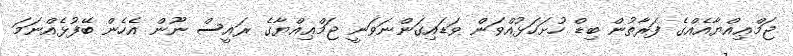
ޖަމްޢިއްޔާއެއްގެ ފަރާތުން ބިޑް ހުށަހަޅުއްވަން ވަޑައިގަންނަވަނީ ޖަމްޢިއްޔާގެ ރައީސް ނޫން އެހެން ބޭފުޅެއްނަމަ